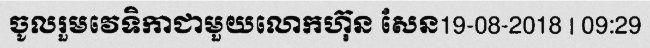
ចូលរួមវេទិកាជាមួយលោកហ៊ុន សែន19-08-2018 | 09:29